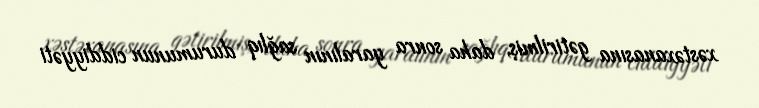
xəstəxanasına gətirilmiş, daha sonra yaralının sağlıq durumunun ciddiyyəti